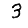
Digit: 3